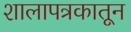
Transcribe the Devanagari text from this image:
शालापत्रकातून